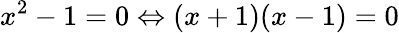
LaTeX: x^{2}-1=0\Leftrightarrow(x+1)(x-1)=0